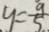
y = \frac { 9 } { 5 }